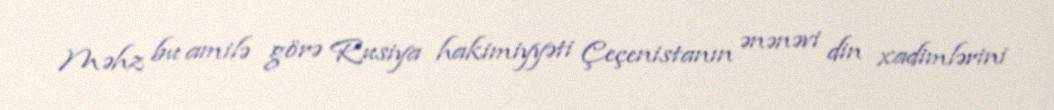
Məhz bu amilə görə Rusiya hakimiyyəti Çeçenistanın ənənəvi din xadimlərini